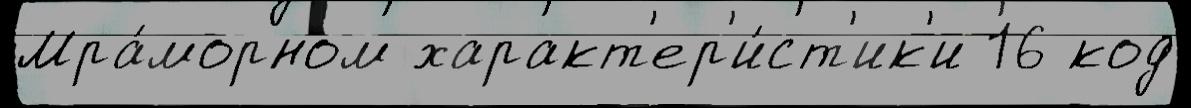
Мра́морном характ'ер'и́ст'ик'и 16 код